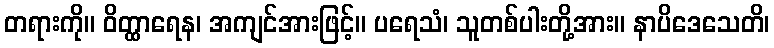
တရားကို။ ဝိတ္ထာရေန၊ အကျင်အားဖြင့်။ ပရေသံ၊ သူတစ်ပါးတို့အား။ နာပိဒေသေတိ၊